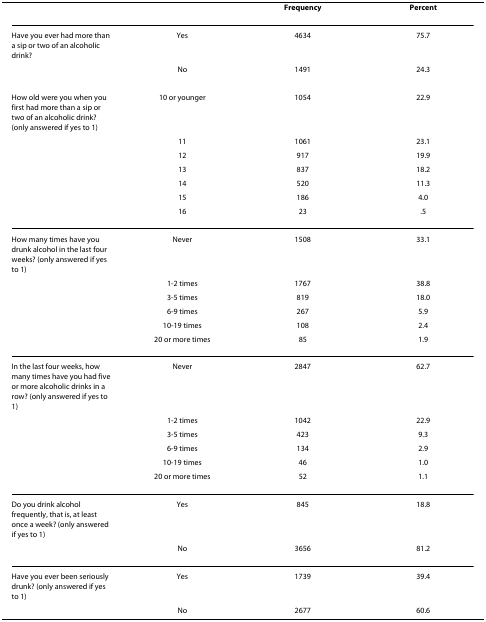
<table><thead><tr><td></td><td></td><td><b>Frequency</b></td><td><b>Percent</b></td></tr></thead><tbody><tr><td>Have you ever had more than a sip or two of an alcoholic drink?</td><td>Yes</td><td>4634</td><td>75.7</td></tr><tr><td></td><td>No</td><td>1491</td><td>24.3</td></tr><tr><td>How old were you when you first had more than a sip or two of an alcoholic drink? (only answered if yes to 1)</td><td>10 or younger</td><td>1054</td><td>22.9</td></tr><tr><td></td><td>11</td><td>1061</td><td>23.1</td></tr><tr><td></td><td>12</td><td>917</td><td>19.9</td></tr><tr><td></td><td>13</td><td>837</td><td>18.2</td></tr><tr><td></td><td>14</td><td>520</td><td>11.3</td></tr><tr><td></td><td>15</td><td>186</td><td>4.0</td></tr><tr><td></td><td>16</td><td>23</td><td>.5</td></tr><tr><td>How many times have you drunk alcohol in the last four weeks? (only answered if yes to 1)</td><td>Never</td><td>1508</td><td>33.1</td></tr><tr><td></td><td>1-2 times</td><td>1767</td><td>38.8</td></tr><tr><td></td><td>3-5 times</td><td>819</td><td>18.0</td></tr><tr><td></td><td>6-9 times</td><td>267</td><td>5.9</td></tr><tr><td></td><td>10-19 times</td><td>108</td><td>2.4</td></tr><tr><td></td><td>20 or more times</td><td>85</td><td>1.9</td></tr><tr><td>In the last four weeks, how many times have you had five or more alcoholic drinks in a row? (only answered if yes to 1)</td><td>Never</td><td>2847</td><td>62.7</td></tr><tr><td></td><td>1-2 times</td><td>1042</td><td>22.9</td></tr><tr><td></td><td>3-5 times</td><td>423</td><td>9.3</td></tr><tr><td></td><td>6-9 times</td><td>134</td><td>2.9</td></tr><tr><td></td><td>10-19 times</td><td>46</td><td>1.0</td></tr><tr><td></td><td>20 or more times</td><td>52</td><td>1.1</td></tr><tr><td>Do you drink alcohol frequently, that is, at least once a week? (only answered if yes to 1)</td><td>Yes</td><td>845</td><td>18.8</td></tr><tr><td></td><td>No</td><td>3656</td><td>81.2</td></tr><tr><td>Have you ever been seriously drunk? (only answered if yes to 1)</td><td>Yes</td><td>1739</td><td>39.4</td></tr><tr><td></td><td>No</td><td>2677</td><td>60.6</td></tr></tbody></table>